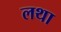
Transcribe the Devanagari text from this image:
लथा